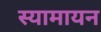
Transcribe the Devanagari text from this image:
स्यामायन